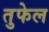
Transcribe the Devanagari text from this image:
तुफेल